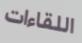
اللقاءات